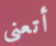
أتعني